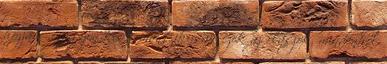
hozzám , nagyon kis romantikusak ezek az olaszok, mindenhol